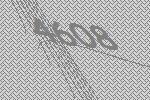
4608